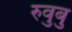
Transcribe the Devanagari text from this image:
रुवुबु